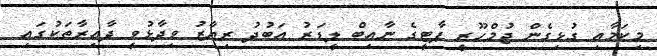
މިކަމާއި ގުޅިގެން ޖުމްހޫރީ ޕާޓީގެ ނާއިބް ލީޑަރު އަބުދު ރިޔާޒު ވިދާޅުވީ ދާއިރާތަކުގައި